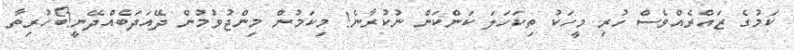
ކަމުގެ ޒައްރެއްވެސް ހުރި މީހަކު ތިކަހަލަ ކަންކަން ނުކުރާނެ! މިކަމުން މިންޖުވުމުން ދޭއަދަބެއްދޭނީ!ބޯހުރިތާ